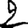
Digit: 2